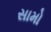
સામો